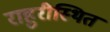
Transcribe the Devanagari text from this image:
राहुरीस्थित